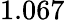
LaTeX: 1.067